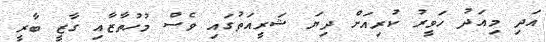
އަދި މިއަދު ހަވީރު ކުރިއަށް ދިޔަ ޝަރީއަތުގައި ވެސް މުހުތާޒާއި ގާޒީ ބާރީ